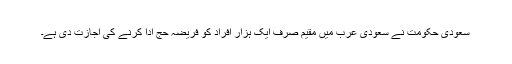
سعودی حکومت نے سعودی عرب میں مقیم صرف ایک ہزار افراد کو فریضہ حج ادا کرنے کی اجازت دی ہے۔